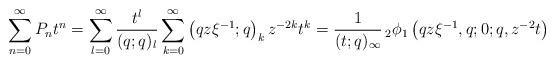
LaTeX: \begin{align*} \sum_{n=0}^{\infty}P_{n}t^{n}=\sum_{l=0}^{\infty}\frac{t^{l}}{(q;q)_{l}}\sum_{k=0}^{\infty}\left(qz\xi^{-1};q\right)_{k}z^{-2k}t^{k} =\frac{1}{(t;q)_{\infty}}\,_{2}\phi_{1}\left(qz\xi^{-1},q;0;q,z^{-2}t\right)\end{align*}